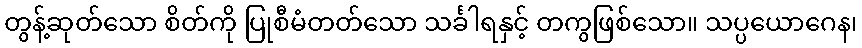
တွန့်ဆုတ်သော စိတ်ကို ပြုစီမံတတ်သော သင်္ခါရနှင့် တကွဖြစ်သော။ သပ္ပယောဂေန၊